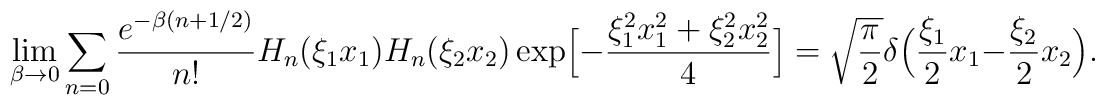
\lim_{\beta\to 0} \sum_{n=0} \frac{e^{-\beta(n+1/2)}}{n!}H_{n}(\xi_{1}x_{1})H_{n}(\xi_{2}x_{2}) \exp\Bigl[-\frac{\xi_{1}^{2}x_{1}^{2}+\xi_{2}^{2}x_{2}^{2}}{4}\Bigr]=\sqrt{\frac{\pi}{2}}\delta\Bigl(\frac{\xi_{1}}{2}x_{1}-\frac{\xi_{2}}{2}x_{2}\Bigr).